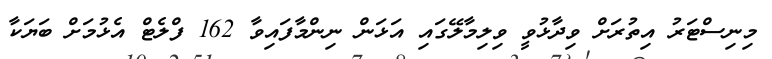
މިނިސްޓަރު އިތުރަށް ވިދާޅުވީ ވިލިމާލޭގައި އަޅަން ނިންމާފައިވާ 162 ފްލެޓް އެޅުމަށް ބަޔަކާ